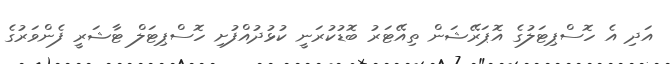
އަދި އެ ހޮސްޕިޓަލުގެ އޮޕަރޭޝަން ތިއޭޓަރު ބޮޑުކުރަނީ ކުޅުދުއްފުށި ހޮސްޕިޓަލް ޓާޝަރީ ފެންވަރުގެ